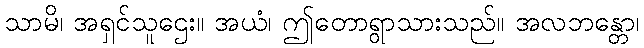
သာမိ၊ အရှင်သူဌေး။ အယံ၊ ဤတောရွာသားသည်။ အလဘန္တော၊